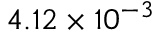
4 . 1 2 \times 1 0 ^ { - 3 }